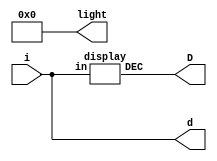
`timescale 1ns / 1ps
//////////////////////////////////////////////////////////////////////////////////
// Company: 
// Engineer: 
// 
// Design Name: 
// Module Name: LAB02_3
// Project Name: 
// Target Devices: 
// Tool Versions: 
// Description: 
// 
// Dependencies: 
// 
// Revision:
// Revision 0.01 - File Created
// Additional Comments:
// 
//////////////////////////////////////////////////////////////////////////////////


module LAB02_3(i, D, d, light);
    input [3:0]i;
    output [7:0]D;
    output [3:0]d;
    output [3:0]light;
    
    display U0(i, D);
    assign light = 4'b0000;
    assign d = i;
endmodule

`define SS_0 8'b00000011
`define SS_1 8'b10011111
`define SS_2 8'b00100101
`define SS_3 8'b00001101
`define SS_4 8'b10011001
`define SS_5 8'b01001001
`define SS_6 8'b01000001
`define SS_7 8'b00011111
`define SS_8 8'b00000001
`define SS_9 8'b00001001
`define SS_10 8'b00010001
`define SS_11 8'b11000001
`define SS_12 8'b11100101
`define SS_13 8'b10000101
`define SS_14 8'b01100001
`define SS_15 8'b01110001

module display(in, DEC);
    input [3:0]in;
    output reg [7:0]DEC;
    
    always @*
    case (in)
     4'd0: DEC = `SS_0;
     4'd1: DEC = `SS_1;
     4'd2: DEC = `SS_2;
     4'd3: DEC = `SS_3;
     4'd4: DEC = `SS_4;
     4'd5: DEC = `SS_5;
     4'd6: DEC = `SS_6;
     4'd7: DEC = `SS_7;
     4'd8: DEC = `SS_8;
     4'd9: DEC = `SS_9;
     4'd10: DEC = `SS_10;
     4'd11: DEC = `SS_11;
     4'd12: DEC = `SS_12;
     4'd13: DEC = `SS_13;
     4'd14: DEC = `SS_14;
     4'd15: DEC = `SS_15;  
     default: DEC = 8'b11111111;
    
    endcase
endmodule